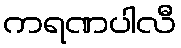
ကရဏပါလီ